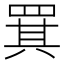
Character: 𦋊